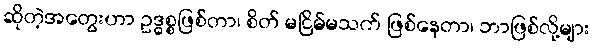
ဆိုတဲ့အတွေးဟာ ဥဒ္ဓစ္စဖြစ်တာ၊ စိတ် မငြိမ်မသက် ဖြစ်နေတာ၊ ဘာဖြစ်လို့များ